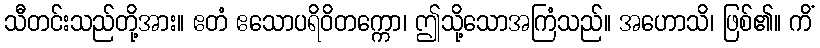
သီတင်းသည်တို့အား။ ဧတံ ဧသောပရိဝိတက္ကော၊ ဤသို့သောအကြံသည်။ အဟောသိ၊ ဖြစ်၏။ ကိံ